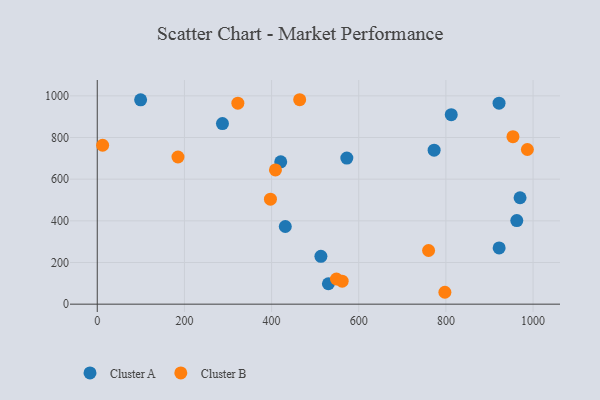
{"axis": {"x": "Distance", "y": "Demand"}, "legend": ["Cluster A", "Cluster B"], "data": [{"x": "513.2", "y": 229.7, "type": "Cluster A"}, {"x": "431.5", "y": 372.8, "type": "Cluster A"}, {"x": "99.5", "y": 981.0, "type": "Cluster A"}, {"x": "287.3", "y": 866.9, "type": "Cluster A"}, {"x": "922.2", "y": 269.9, "type": "Cluster A"}, {"x": "572.7", "y": 701.0, "type": "Cluster A"}, {"x": "962.7", "y": 401.3, "type": "Cluster A"}, {"x": "970.2", "y": 510.7, "type": "Cluster A"}, {"x": "421.0", "y": 683.2, "type": "Cluster A"}, {"x": "773.0", "y": 739.3, "type": "Cluster A"}, {"x": "922.0", "y": 964.7, "type": "Cluster A"}, {"x": "530.4", "y": 98.0, "type": "Cluster A"}, {"x": "812.3", "y": 909.7, "type": "Cluster A"}, {"x": "797.7", "y": 57.1, "type": "Cluster B"}, {"x": "953.9", "y": 804.0, "type": "Cluster B"}, {"x": "760.3", "y": 257.5, "type": "Cluster B"}, {"x": "464.5", "y": 981.3, "type": "Cluster B"}, {"x": "185.2", "y": 706.4, "type": "Cluster B"}, {"x": "397.4", "y": 504.2, "type": "Cluster B"}, {"x": "987.0", "y": 742.3, "type": "Cluster B"}, {"x": "322.6", "y": 964.6, "type": "Cluster B"}, {"x": "548.8", "y": 120.9, "type": "Cluster B"}, {"x": "12.3", "y": 762.7, "type": "Cluster B"}, {"x": "408.9", "y": 644.3, "type": "Cluster B"}, {"x": "562.0", "y": 110.3, "type": "Cluster B"}]}